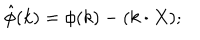
LaTeX: \hat { \phi } ( k ) = \phi ( k ) - ( k \cdot X ) ;